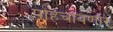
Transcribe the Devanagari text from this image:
पोहचविणारे